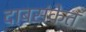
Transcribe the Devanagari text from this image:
दाबसंकेत